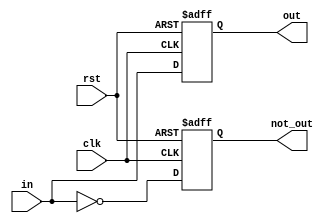
module dFlipFlopWR(clk, rst, in, out, not_out);
    input clk;
    input in; 
    input rst; 
    output reg out; 
    output reg not_out;

    always @(posedge clk or posedge rst) begin
        if (rst == 1'b1) begin
            out <= 1'b0; 
            not_out <= 1'b1;
        end else begin
            out <= in; 
            not_out <= ~in; 
        end
    end
endmodule